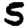
Digit: 5